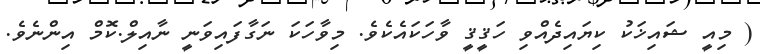
( މިއީ ޝައިޚަކު ކިޔައިދެއްވި ހަޤީޤީ ވާހަކައެކެވެ. މިވާހަކަ ނަގާފައިވަނީ ނާއިލް.ކޮމް އިންނެވެ.